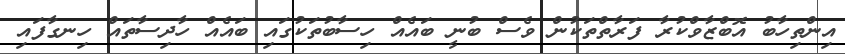
އިންތިހާބު އޮބްޒާވްކުރާ ފަރާތްތަކުން ވެސް ބުނީ ބައެއް ހިސާބުތަކުގައި ބައެއް ހާދިސާތައް ހިނގާފައި